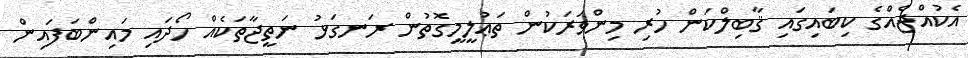
އެކުއްޖެއްގެ ކިބައިގައި ޤާބިލްކަން ހުރި މިންވަރަކުން ތަޢުލީމީގޮތުން ރަނގަޅު ނަތީޖާތަކެއް ހޯދައި މައިންބަފައިން